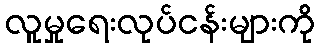
လူမှုရေးလုပ်ငန်းများကို